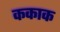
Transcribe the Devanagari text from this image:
ककाक